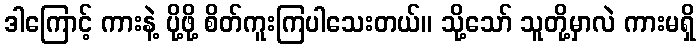
ဒါကြောင့် ကားနဲ့ ပို့ဖို့ စိတ်ကူးကြပါသေးတယ်။ သို့သော် သူတို့မှာလဲ ကားမရှိ